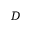
D